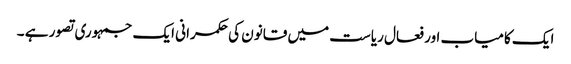
ایک کامیاب اور فعال ریاست میں قانون کی حکمرانی ایک جمہوری تصور ہے ۔